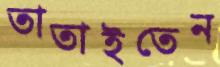
তাতাইতেন